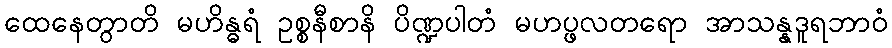
ထေနေတွာတိ မဟိန္ဓရံ ဥစ္စနီစာနိ ပိဏ္ဍပါတံ မဟပ္ဖလတရော အာသန္နဒူရဘာဝံ